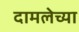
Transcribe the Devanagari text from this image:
दामलेच्या